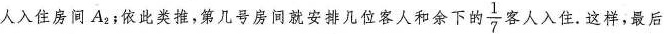
人入住房间A_{2}；依此类推，第几号房间就安排几位客人和余下的 \frac{1}{7} 客人入住.这样，最后